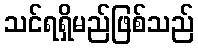
သင်ရရှိမည်ဖြစ်သည်